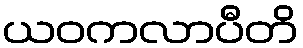
ယဝကလာပီတိ